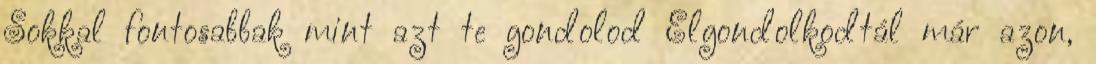
Sokkal fontosabbak mint azt te gondolod Elgondolkodtál már azon,